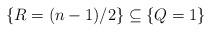
LaTeX: \begin{align*}\{R=(n-1)/2\}\subseteq \{Q=1\} \end{align*}